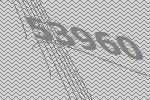
53960